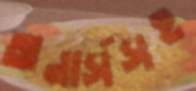
অনার্সসহ